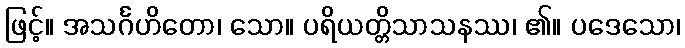
ဖြင့်။ အသင်္ဂဟိတော၊ သော။ ပရိယတ္တိသာသနဿ၊ ၏။ ပဒေသော၊